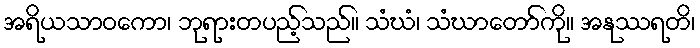
အရိယသာဝကော၊ ဘုရားတပည့်သည်။ သံဃံ၊ သံဃာတော်ကို။ အနုဿရတိ၊